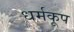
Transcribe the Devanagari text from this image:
धर्मकूप